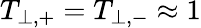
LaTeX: T_{\perp,+}=T_{\perp,-}\approx 1